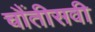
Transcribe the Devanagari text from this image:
चौंतीसवी